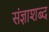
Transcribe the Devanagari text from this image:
संज्ञाशब्द